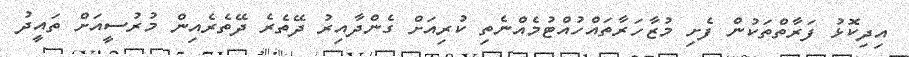
އިދިކޮޅު ފަރާތްތަކުން ފެށި މުޒާހަރާތައްހުއްޓުމެއްނެތި ކުރިއަށް ގެންދާއިރު ދޭތެރެ ދޭތެރެއިން މުރުސީއަށް ތައީދު